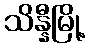
သိန္နီမြို့